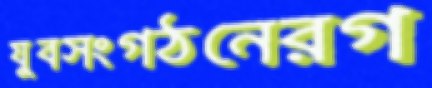
যুবসংগঠনেরগ